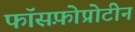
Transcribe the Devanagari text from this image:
फॉसफ़ोप्रोटीन